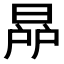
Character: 𣇯